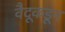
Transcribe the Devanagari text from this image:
वैदूकडून